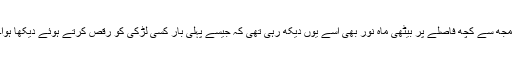
مجھ سے کچھ فاصلے پر بیٹھی ماہ نور بھی اسے یوں دیکھ رہی تھی کہ جیسے پہلی بار کسی لڑکی کو رقص کرتے ہوئے دیکھا ہوا۔